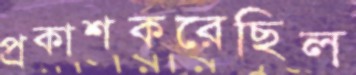
প্রকাশকরেছিল